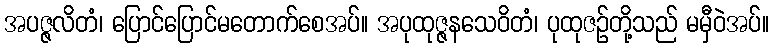
အပဇ္ဇလိတံ၊ ပြောင်ပြောင်မတောက်စေအပ်။ အပုထုဇ္ဇနသေဝိတံ၊ ပုထုဇဉ်တို့သည် မမှီဝဲအပ်။